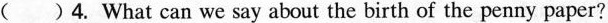
()4. What can we say about the birth of the penny paper?